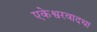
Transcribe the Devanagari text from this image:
एकेश्वरवादथा